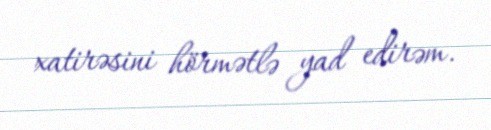
xatirəsini hörmətlə yad edirəm.